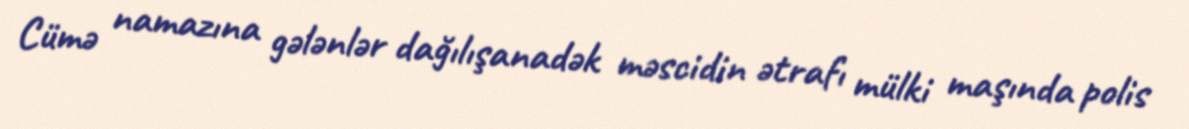
Cümə namazına gələnlər dağılışanadək məscidin ətrafı mülki maşında polis